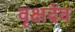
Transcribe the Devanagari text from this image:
वृक्षदेव